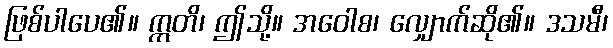
ဖြစ်ပါပေ၏။ ဣတိ၊ ဤသို့။ အဝေါစ၊ လျှောက်ဆို၏။ ဒသမီ၊